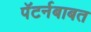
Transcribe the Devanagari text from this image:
पॅटर्नबाबत